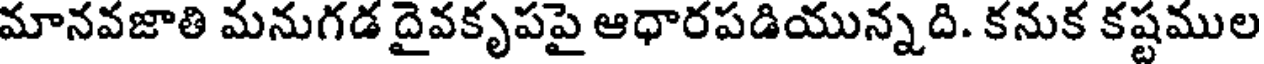
మానవజాతి మనుగడ దైవకృపపై ఆధారపడియున్నది. కనుక కష్టముల